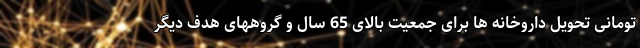
تومانی تحویل داروخانه ها برای جمعیت بالای 65 سال و گروههای هدف دیگر